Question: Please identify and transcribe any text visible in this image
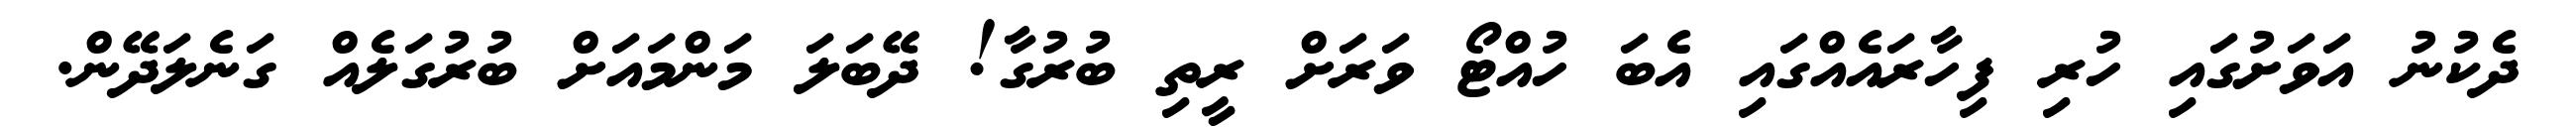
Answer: ދެކުނު އަވަށުގައި ހުރި ފިހާރައެއްގައި އެބަ ހުއްޓޯ ވަރަށް ރީތި ބުރުގާ! ދޭބަލަ މަންމައަށް ބުރުގަލެއް ގަނެލަދޭން.